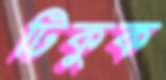
টিকুক